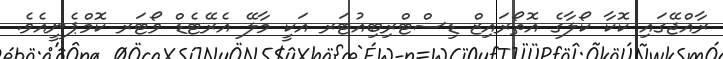
ރާއްޖޭގައި ކޮކާ ކޯލާގެ އޮތޯރައިޒް ޑިސްޓްރިބިއުޓަރ އަކީ މާލޭ އެރޭޓެޑް ވޯޓަރ ކޮމްޕެނީއެވެ.